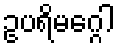
ဥပရိမဂ္ဂေါ